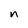
Character: n